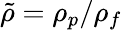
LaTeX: {\tilde{\rho}}=\rho_{p}/\rho_{f}